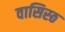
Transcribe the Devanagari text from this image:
वासिस्ठ